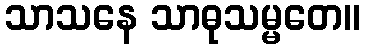
သာသနေ သာဓုသမ္မတေ။